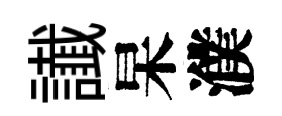
䜟杲濮